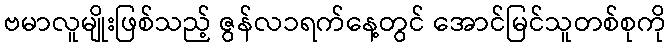
ဗမာလူမျိုးဖြစ်သည့် ဇွန်လ၁ရက်နေ့တွင် အောင်မြင်သူတစ်စုကို